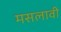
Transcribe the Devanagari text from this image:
मसलावी